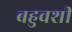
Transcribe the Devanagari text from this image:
बहुवशी